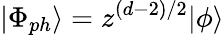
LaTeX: |\Phi_{ph}\rangle=z^{(d-2)/2}|\phi\rangle